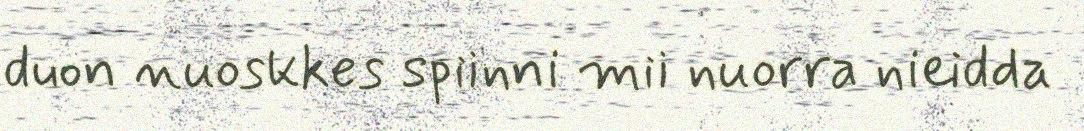
duon nuoskkes spiinni mii nuorra nieidda